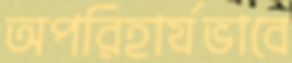
অপরিহার্যভাবে